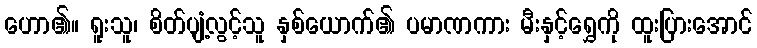
ဟော၏။ ရူးသူ၊ စိတ်ပျံ့လွင့်သူ နှစ်ယောက်၏ ပမာဏကား မီးနှင့်ရွှေကို ထူးပြားအောင်